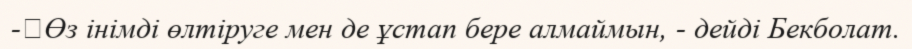
-	Өз інімді өлтіруге мен де ұстап бере алмаймын, - дейді Бекболат.